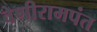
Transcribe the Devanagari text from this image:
वेणीरामपंत